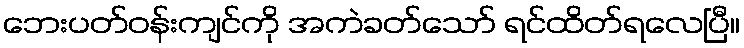
ဘေးပတ်ဝန်းကျင်ကို အကဲခတ်သော် ရင်ထိတ်ရလေပြီ။